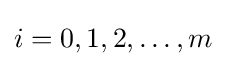
i=0,1,2,\dots ,m